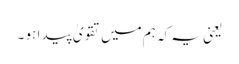
یعنی یہ کہ ہم میں تقویٰ پید ا ہو ۔